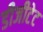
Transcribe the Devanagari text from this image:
डीजीटेट